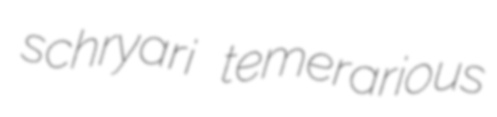
schryari temerarious